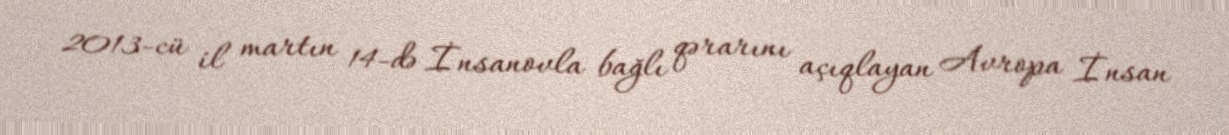
2013-cü il martın 14-də İnsanovla bağlı qərarını açıqlayan Avropa İnsan